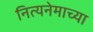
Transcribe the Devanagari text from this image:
नित्यनेमाच्या